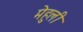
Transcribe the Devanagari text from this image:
मेहुली